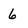
Character: 6